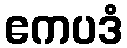
ဧကပဒံ